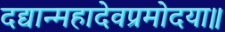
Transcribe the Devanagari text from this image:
दद्यान्महादेवप्रमोदया॥